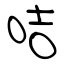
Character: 咭